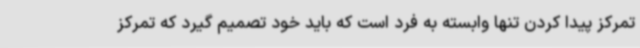
تمرکز پیدا کردن تنها وابسته به فرد است که باید خود تصمیم گیرد که تمرکز